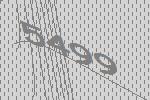
5499